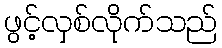
ဖွင့်လှစ်လိုက်သည်